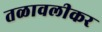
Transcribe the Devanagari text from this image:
तळावलीकर